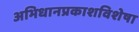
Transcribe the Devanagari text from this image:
अभिधानप्रकाशविशेषा